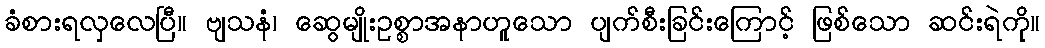
ခံစားရလှလေပြီ။ ဗျသနံ၊ ဆွေမျိုးဥစ္စာအနာဟူသော ပျက်စီးခြင်းကြောင့် ဖြစ်သော ဆင်းရဲကို။